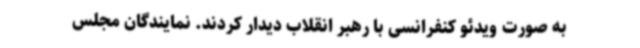
به صورت ویدئو کنفرانسی با رهبر انقلاب دیدار کردند. نمایندگان مجلس